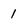
Character: 1